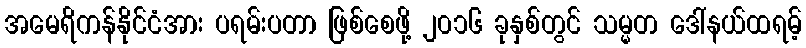
အမေရိကန်နိုင်ငံအား ပရမ်းပတာ ဖြစ်စေဖို့ ၂၀၁၆ ခုနှစ်တွင် သမ္မတ ဒေါ်နယ်ထရမ့်